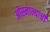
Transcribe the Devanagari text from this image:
ओस्मान्यांची